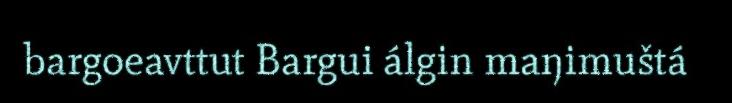
bargoeavttut Bargui álgin maŋimuštá